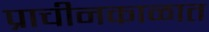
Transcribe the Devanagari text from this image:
प्राचीनकाळात